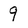
Character: 9